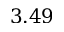
3 . 4 9